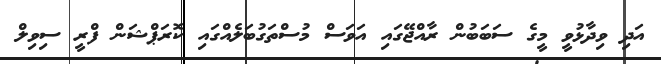
އަދި ވިދާޅުވީ މީގެ ސަބަބުން ރާއްޖޭގައި އަވަސް މުސްތަގުބަލެއްގައި ކޮރަޕްޝަން ފްރީ ސިވިލް